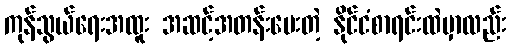
ကုန်သွယ်ရေးအထူး အဆင့်အတန်းပေးတဲ့ နိုင်ငံစာရင်းထဲမှာလည်း